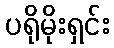
ပရိုမိုးရှင်း